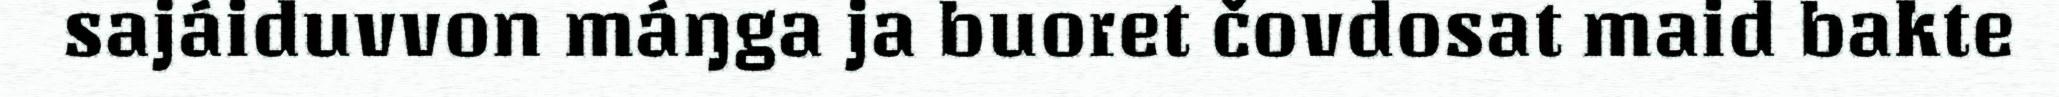
sajáiduvvon máŋga ja buoret čovdosat maid bakte